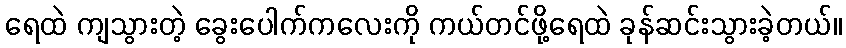
ရေထဲ ကျသွားတဲ့ ခွေးပေါက်ကလေးကို ကယ်တင်ဖို့ရေထဲ ခုန်ဆင်းသွားခဲ့တယ်။